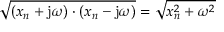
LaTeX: { \sqrt { ( x _ { n } + \mathrm { j } \omega ) \cdot ( x _ { n } - \mathrm { j } \omega ) } } = { \sqrt { x _ { n } ^ { 2 } + \omega ^ { 2 } } }